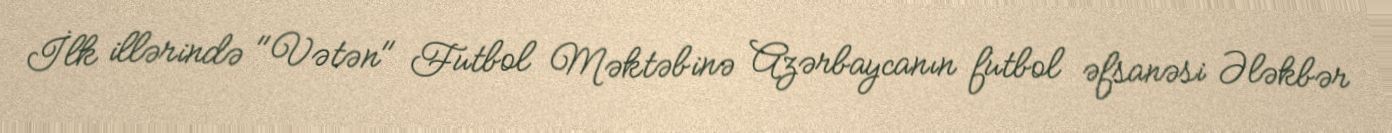
İlk illərində "Vətən" Futbol Məktəbinə Azərbaycanın futbol əfsanəsi Ələkbər